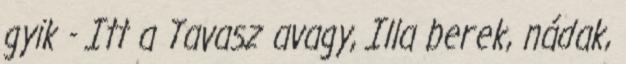
gyik - Itt a Tavasz avagy, Illa berek, nádak,